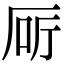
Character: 厛